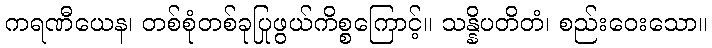
ကရဏီယေန၊ တစ်စုံတစ်ခုပြုဖွယ်ကိစ္စကြောင့်။ သန္နိပတိတံ၊ စည်းဝေးသော။